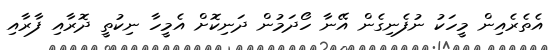
އެތެރެއިން މީހަކު ނުފެނިގެން އޭނާ ހޯދަމުން ދަނިކޮށް އެމީހާ ނިކުތީ ދޮރާއި ފާރާއި